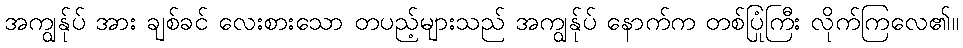
အကျွန်ုပ် အား ချစ်ခင် လေးစားသော တပည့်များသည် အကျွန်ုပ် နောက်က တစ်ပြုံကြီး လိုက်ကြလေ၏။